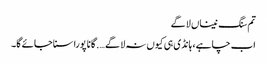
تم سنگ نیناں لاگے
اب چاہے، ہانڈی ہی کیوں نہ لا گے …. گانا پورا سنا جائے گا۔